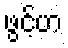
ဖွင့်ဟ